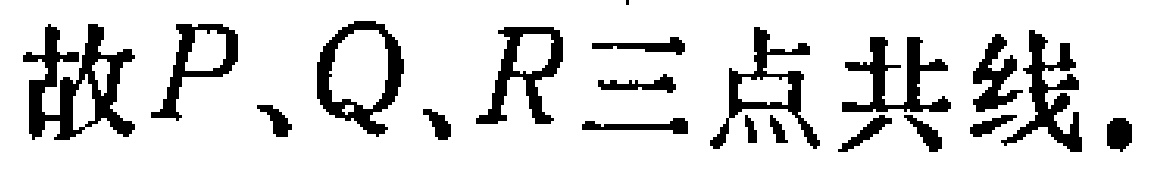
故\(P、Q、R\)三点共线.